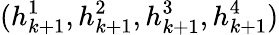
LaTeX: (h_{k+1}^{1},h_{k+1}^{2},h_{k+1}^{3},h_{k+1}^{4})